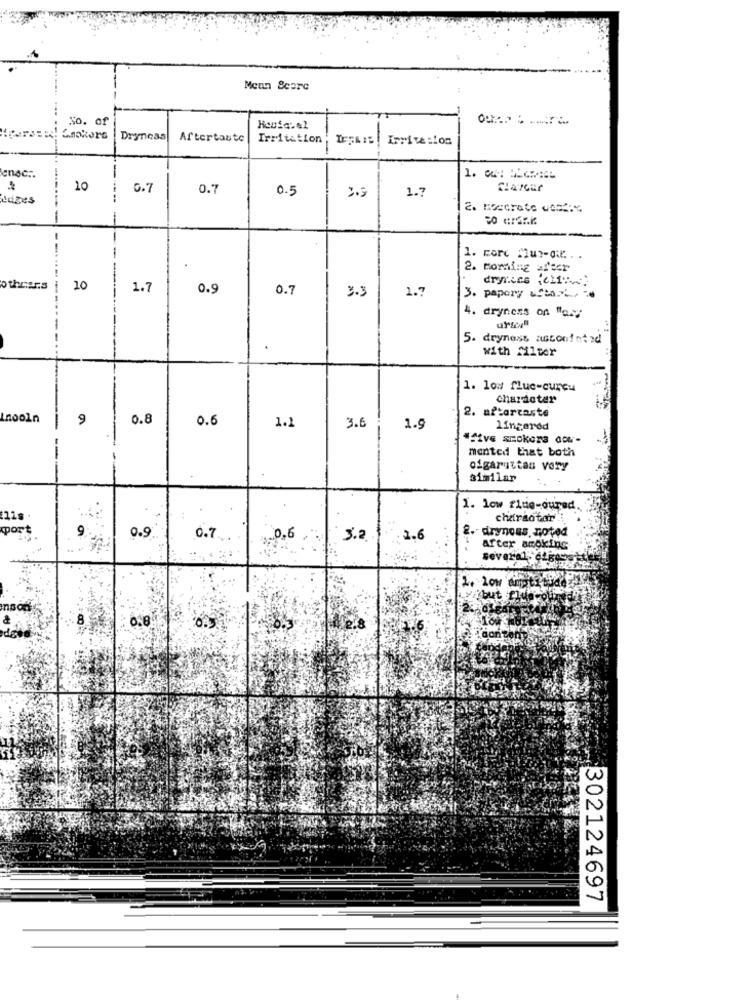
Menn &care
So. of
Aftertaste
Irritation
irrite :los
enac ..
10
0.7
0.7
0.5
2.5
1.7
Luzes
2. Moccrate uds":"
1. corc Mur-dil .. .
2. morning after
dryr.Les (cli:
others
20
1.7
0.9
0.7
1.7
3.3
3. papory -Sta.v./ 1.
4. dryness on "a.y
5. dryness astonint zd
.
With filter
1. low flue-curcu
chardeter
2. aftertaste
Lnooln
9
0.8
0.6
1.1
3.6
1.9
lingered
#five smokers dow-
mented that both
ofgarittas Very
similar
1. low flue-oured
chairaotar
mort
2. - dryness, noted
0.7
0,6
3.2
. 1.6
After smoking
but if
302124697